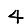
Digit: 4